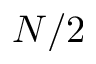
N / 2